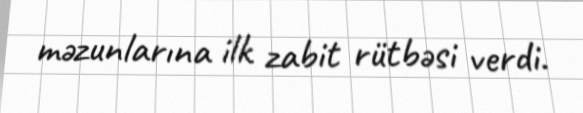
məzunlarına ilk zabit rütbəsi verdi.